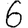
Digit: 6